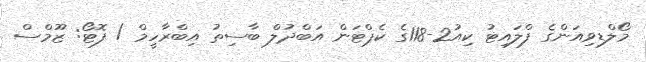
މޯލްޑިވިއަންގެ ފްލައިޓު ކިއު2-118ގެ ކެޕްޓަން އަބްދުލް ބާސިތު އިބްރާހީމް / ފޮޓޯ: ޒޫމްސް